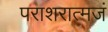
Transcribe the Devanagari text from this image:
पराशरात्मजं